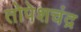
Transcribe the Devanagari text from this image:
तोपेशचंद्र